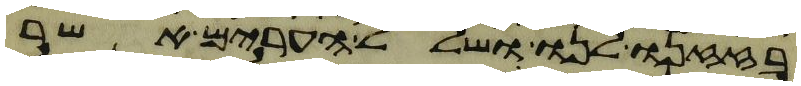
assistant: בזזנו לנו ושלל הערים אשר